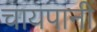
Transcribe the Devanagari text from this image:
चायपानी